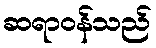
ဆရာဝန်သည်